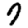
Digit: 7